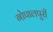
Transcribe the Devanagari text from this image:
गोपालपुरी